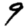
Digit: 9